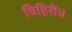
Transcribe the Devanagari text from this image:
विहिरींचं